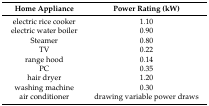
| Home Appliance | Power Rating (kW) |
 | --- | --- |
 | electric rice cooker | 1.10 |
 | electric water boiler | 0.90 |
 | Steamer | 0.80 |
 | TV | 0.22 |
 | range hood | 0.14 |
 | PC | 0.35 |
 | hair dryer | 1.20 |
 | washing machine | 0.30 |
 | air conditioner | drawing variable power draws |